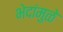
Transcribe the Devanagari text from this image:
भेदांमुळे